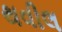
થવીલ